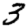
Digit: 3